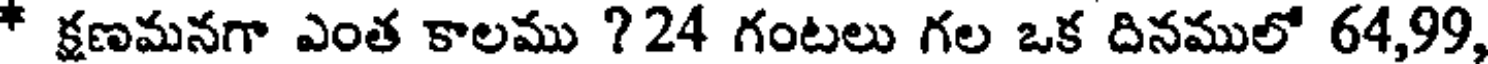
* క్షణమనగా ఎంత కాలము ?24 గంటలు గల ఒక దినములో 64,99,